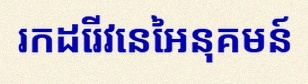
រកដេរីវេនៃអនុគមន៍